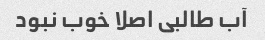
آب طالبی اصلا خوب نبود